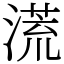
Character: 㵁